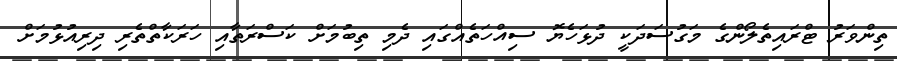
ތިންވަރު ޓްރައިތެލޯންގެ މަގުސަދަކީ ދުޅަހެޔޮ ސިއްހަތެއްގައި ދެމި ތިބުމަށް ކަސްރަތާއި ހަރަކާތްތެރި ދިރިއުޅުމަށް